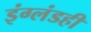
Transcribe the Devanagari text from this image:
इंग्लंडही